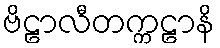
ဗိဠာလီတက္ကဠာနိ